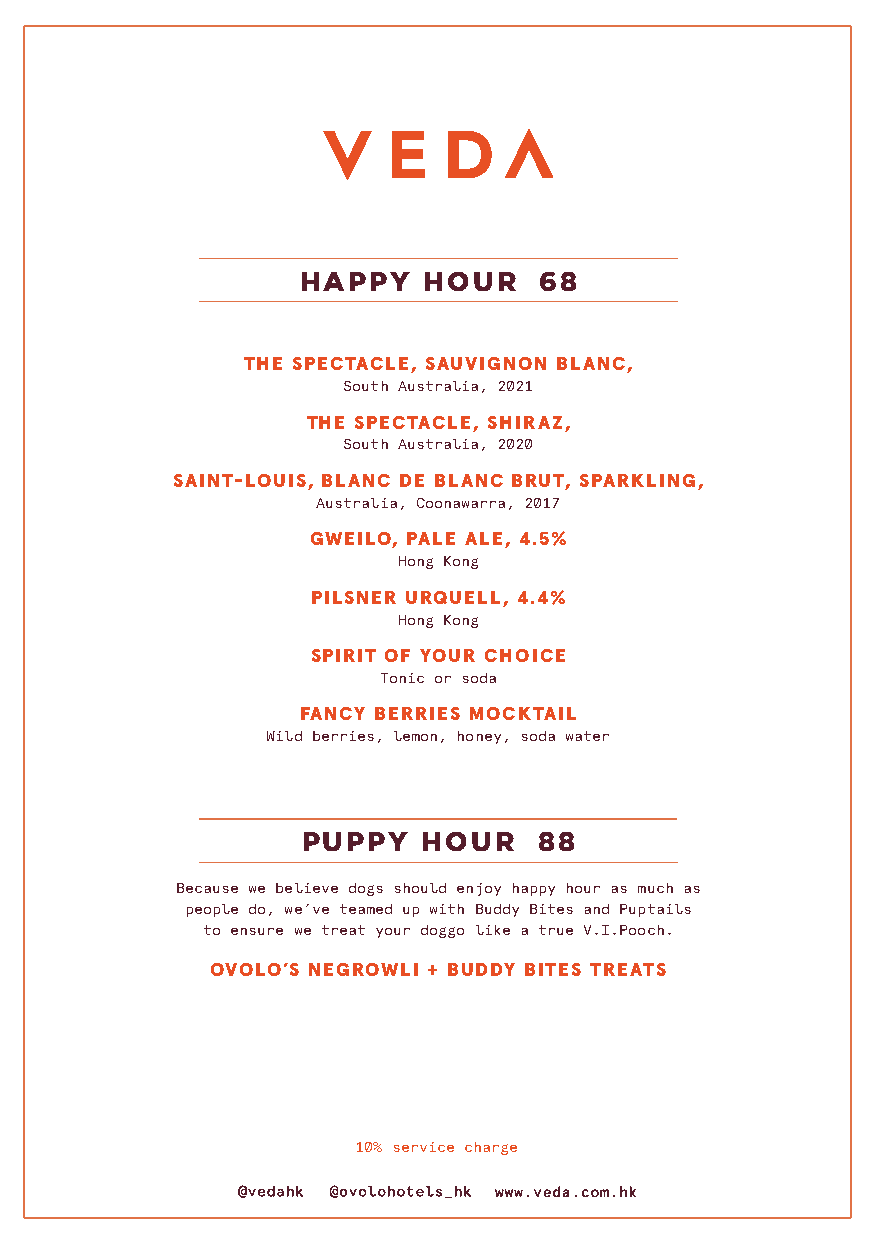
HAPPY   HOUR    68
 THE SPECTACLE, SAUVIGNON BLANC,
 South Australia, 2021
 THE SPECTACLE, SHIRAZ,
 South Australia, 2020
 SAINT-LOUIS, BLANC DE BLANC BRUT, SPARKLING,
 Australia, Coonawarra, 2017
 GWEILO, PALE ALE, 4.5%
 Hong Kong
 PILSNER URQUELL, 4.4%
 Hong Kong
 SPIRIT OF YOUR CHOICE
 Tonic or soda
 FANCY BERRIES MOCKTAIL
 Wild berries, lemon, honey, soda water
 PUPPY   HOUR    88
 Because we believe dogs should enjoy happy hour as much as
 people do, we’ve teamed up with Buddy Bites and Puptails
 to ensure we treat your doggo like a true V.I.Pooch.
 OVOLO’S NEGROWLI + BUDDY BITES TREATS
 10% service charge